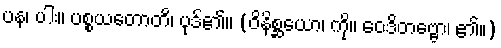
ပန၊ ပါး။ ပစ္စယတောတိ၊ ပုဒ်၏။ (ဝိနိစ္ဆယော၊ ကို။ ဝေဒိတဗ္ဗော၊ ၏။)